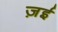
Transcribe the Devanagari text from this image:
ज़ई